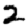
Digit: 2